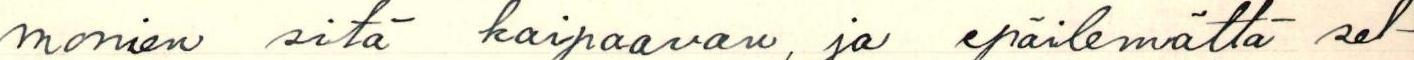
monien sitä kaipaavan ja epäilemättä sel-